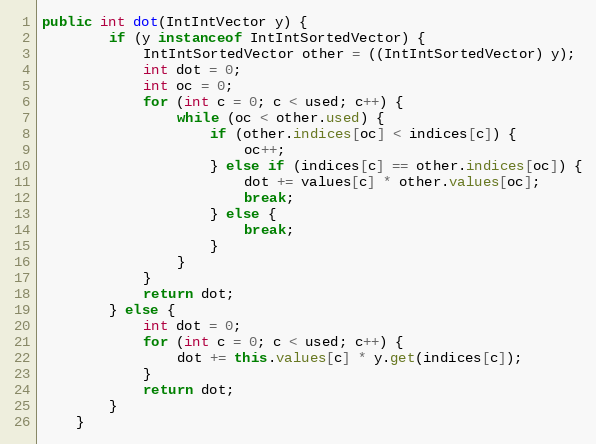
Language: Java
public int dot(IntIntVector y) {
        if (y instanceof IntIntSortedVector) {
            IntIntSortedVector other = ((IntIntSortedVector) y);
            int dot = 0;
            int oc = 0;
            for (int c = 0; c < used; c++) {
                while (oc < other.used) {
                    if (other.indices[oc] < indices[c]) {
                        oc++;
                    } else if (indices[c] == other.indices[oc]) {
                        dot += values[c] * other.values[oc];
                        break;
                    } else {
                        break;
                    }
                }
            }
            return dot;
        } else {
            int dot = 0;
            for (int c = 0; c < used; c++) {
                dot += this.values[c] * y.get(indices[c]);
            }
            return dot;
        }
    }